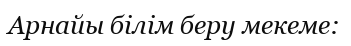
Арнайы білім беру мекеме: